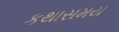
કથાસમય